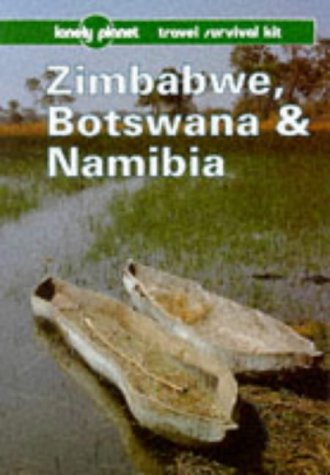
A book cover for Lonely Planet Zimbabwe, Botswana and Namibia (2nd ed); Deanna Swaney; Travel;